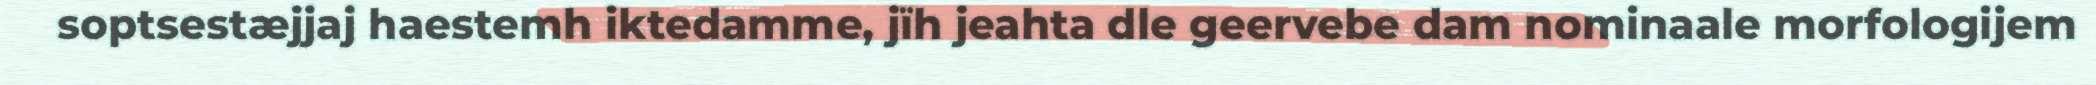
soptsestæjjaj haestemh iktedamme, jïh jeahta dle geervebe dam nominaale morfologijem